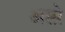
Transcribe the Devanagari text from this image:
अस्प्रे